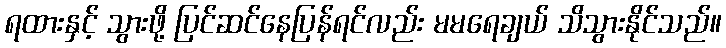
ရထားနှင့် သွားဖို့ ပြင်ဆင်နေပြန်ရင်လည်း မမရေချယ် သိသွားနိုင်သည်။